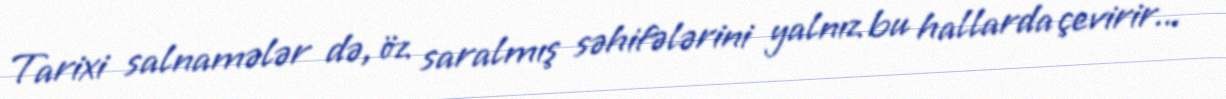
Tarixi salnamələr də, öz saralmış səhifələrini yalnız bu hallarda çevirir...